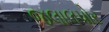
જલાલપોર